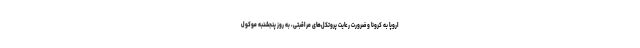
اروپا به کرونا و ضرورت رعایت پروتکل‌های مراقبتی، به روز پنجشنبه موکول